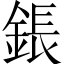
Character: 鋹